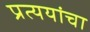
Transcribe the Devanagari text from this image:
प्रत्ययांचा